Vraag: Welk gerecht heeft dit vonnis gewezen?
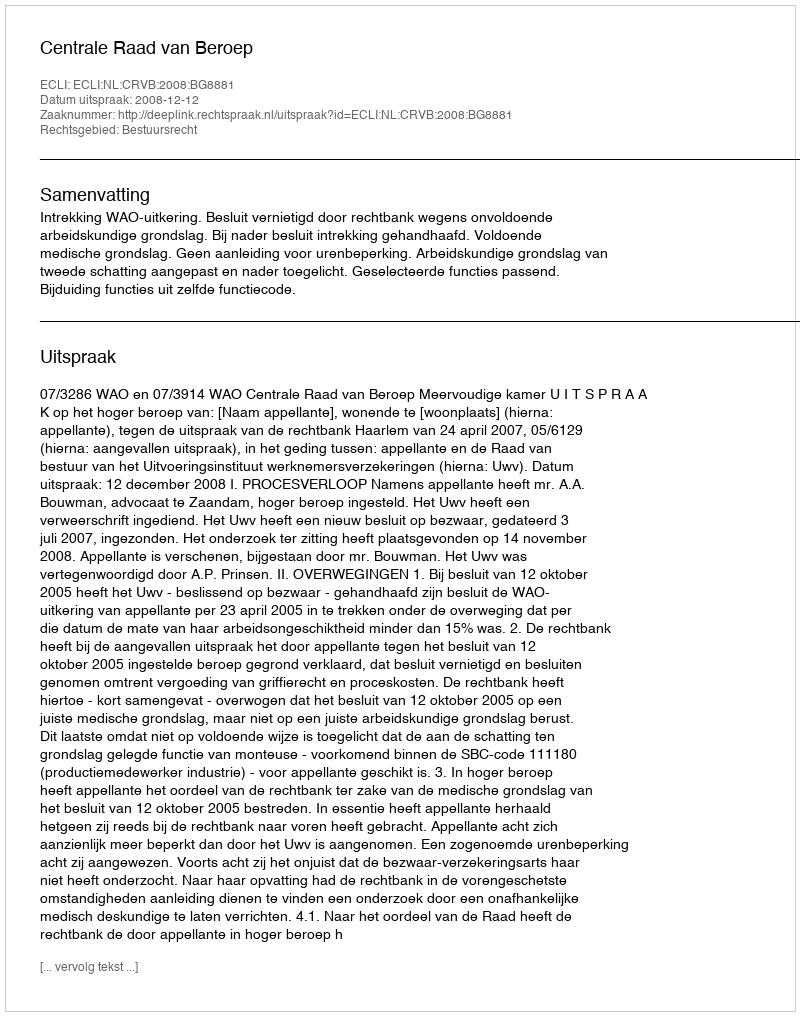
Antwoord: Centrale Raad van Beroep